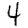
Digit: 4